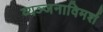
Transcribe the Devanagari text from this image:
व्यञ्जनाविमर्श